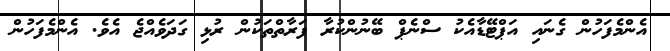
އެންމެފަހުން ގެނައި އަޕްޓޭޑާއެކު ސްނެޕް ބޭނުންކުރާ ފަރާތްތަކުން ރުޅި ގަދަވެއްޖެ އެވެ. އެންމެފަހުން